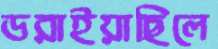
ডরাইয়াছিলে